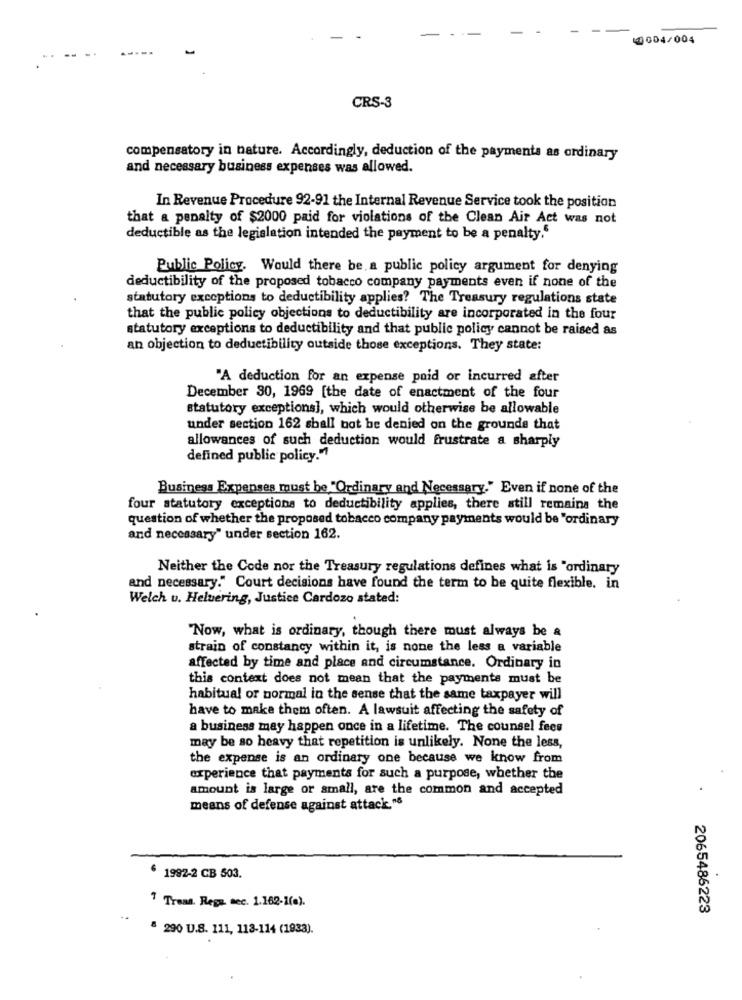
10004/004
--...
CRS-3
compensatory in nature. Accordingly, deduction of the payments as ordinary
and necessary business expenses was allowed.
In Revenue Procedure 92-91 the Internal Revenue Service took the position
that a penalty of $2000 paid for violations of the Clean Air Act was not
deductible as the legislation intended the payment to be a penalty."
Public Policy. Would there be. a public policy argument for denying
deductibility of the proposed tobacco company payments even if none of the
statutory exceptions to deductibility applies? The Treasury regulations state
that the public policy objections to deductibility are incorporated in the four
statutory exceptions to deductibility and that public policy cannot be raised as
an objection to deductibility outside those exceptions. They state:
"A deduction for an expense paid or incurred after
December 30, 1969 [the date of enactment of the four
statutory exceptions], which would otherwise be allowable
under section 162 shall not be denied on the grounde that
allowances of such deduction would frustrate a sharply
defined public policy."
Business Expenses must be "Ordinary and Necessary." Even if none of the
four statutory exceptions to deductibility applies, there still remains the
question of whether the proposed tobacco company payments would be "ordinary
and necessary" under section 162.
Neither the Code nor the Treasury regulations defines what is "ordinary
and necessary." Court decisions have found the term to be quite flexible. in
Welch u. Heluering, Justice Cardozo stated:
"Now, what is ordinary, though there must always be a
strain of constancy within it, is none the less a variable
affected by time and place and circumstance. Ordinary in
this context does not mean that the payments must be
habitual or normal in the sense that the same taxpayer will
have to make them often. A lawsuit affecting the safety of
a business may happen once in a lifetime. The counsel fees
may be so heavy that repetition is unlikely. None the less,
the expense is an ordinary one because we know from
experience that payments for such a purpose, whether the
amount is large or small, are the common and accepted
means of defense against attack."6
1992-2 CB 503.
" Treas. Regs. sec. 1.162-1(a).
2065486223
" 290 U.S. 111, 113-114 (1933).